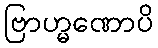
ဗြာဟ္မဏောပိ